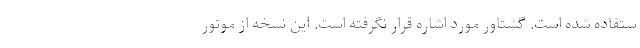
ستفاده شده است. گشتاور مورد اشاره قرار نگرفته است. این نسخه از موتور